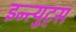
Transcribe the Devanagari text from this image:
इन्त्युट्स